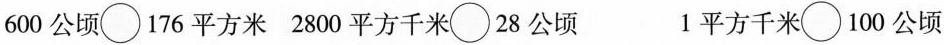
600公顷○176平方米 2800平方千米○28公顷 1平方千米○100公顷